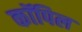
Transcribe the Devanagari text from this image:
कॉपिल